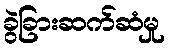
ခွဲခြားဆက်ဆံမှု